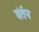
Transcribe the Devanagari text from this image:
बंर्तन